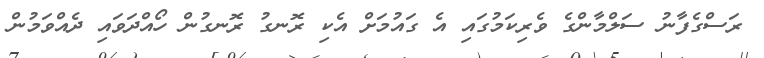
ރަސްގެފާނު ސަލްމާންގެ ވެރިކަމުގައި އެ ގައުމަށް އެކި ރޮނގު ރޮނގުން ހޯއްދަވައި ދެއްވަމުން